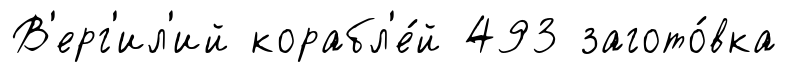
В'ерг'ил'ий корабл'е́й 493 загото́вка